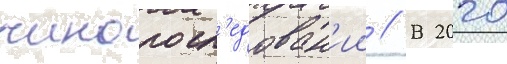
чинопосл'едован'ии // В 2020